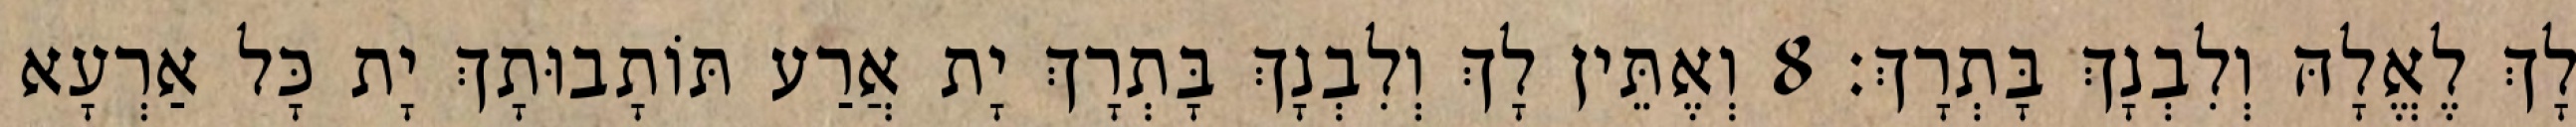
לָךְ לֶאֱלָהּ וְלִבְנָךְ בָּתְרָךְ׃ 8 וְאֶתֵּין לָךְ וְלִבְנָךְ בָּתְרָךְ יָת אֲרַע תּוֹתָבוּתָךְ יָת כָּל אַרְעָא